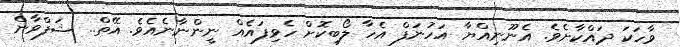
ވާހަކަ ދައްކާށެވެ. އެނޫނިއްޔާ އަހުނަފް އެހާ ލޯބިކޮށް ހެވިފައެއް ނީންނާނެއެވެ. އޭތް.. ޝަފްވާން